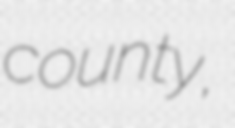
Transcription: county,